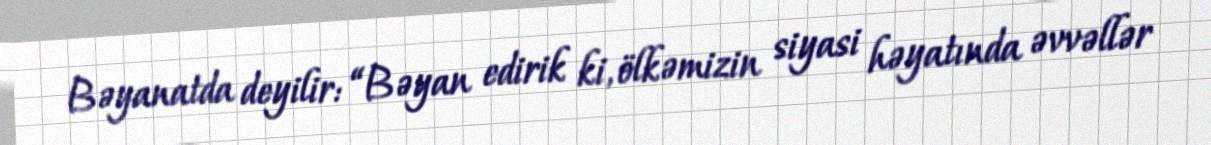
Bəyanatda deyilir: “Bəyan edirik ki, ölkəmizin siyasi həyatında əvvəllər